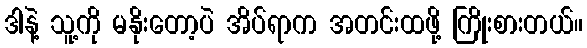
ဒါနဲ့ သူ့ကို မနိုးတော့ပဲ အိပ်ရာက အတင်းထဖို့ ကြိုးစားတယ်။